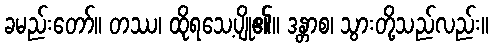
ခမည်းတော်။ တဿ၊ ထိုရသေ့ပျို၏။ ဒန္တာစ၊ သွားတို့သည်လည်း။